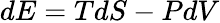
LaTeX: dE=TdS-PdV